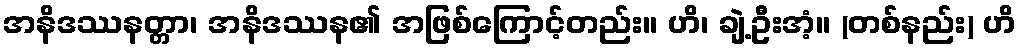
အနိဒဿနတ္တာ၊ အနိဒဿန၏ အဖြစ်ကြောင့်တည်း။ ဟိ၊ ချဲ့ဦးအံ့။ (တစ်နည်း) ဟိ